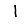
Digit: 1